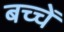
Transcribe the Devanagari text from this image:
बच्चेँ